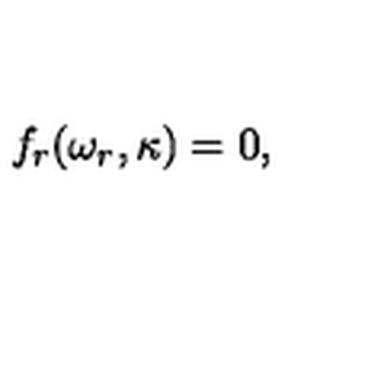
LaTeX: f _ { r } ( \omega _ { r } , \kappa ) = 0 ,